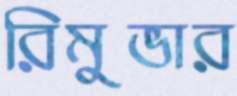
রিমুভার